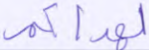
لهداكم